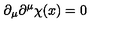
\partial _ { \mu } \partial ^ { \mu } \chi ( x ) = 0